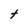
Character: t